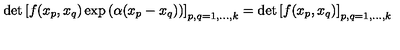
\det \left[ f ( x _ { p } , x _ { q } ) \exp \left( \alpha ( x _ { p } - x _ { q } ) \right) \right] _ { p , q = 1 , \ldots , k } = \det \left[ f ( x _ { p } , x _ { q } ) \right] _ { p , q = 1 , \ldots , k }